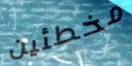
مخطئين